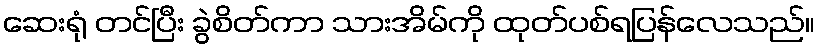
ဆေးရုံ တင်ပြီး ခွဲစိတ်ကာ သားအိမ်ကို ထုတ်ပစ်ရပြန်လေသည်။